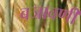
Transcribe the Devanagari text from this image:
बजावणी